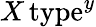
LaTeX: X\, \mathrm{type}^{y}